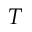
T